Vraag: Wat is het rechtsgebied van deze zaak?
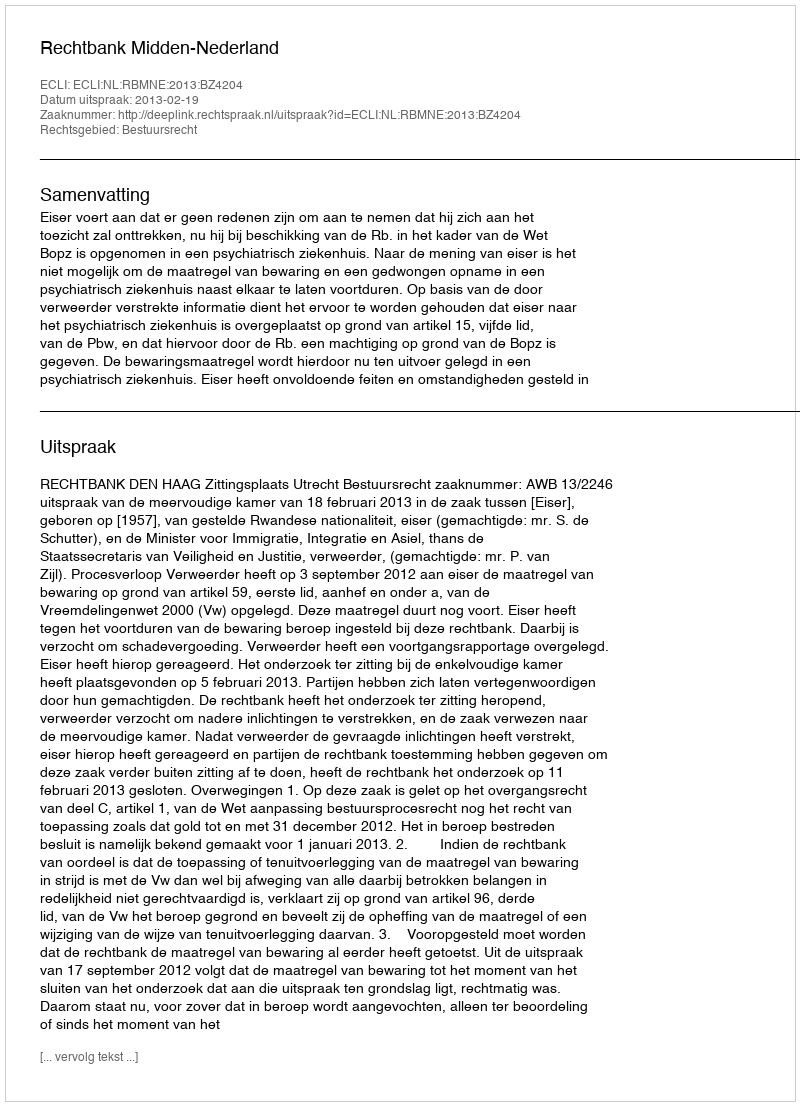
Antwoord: Bestuursrecht